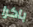
باكرا